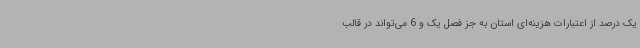
یک درصد از اعتبارات هزینه‌ای استان به جز فصل یک و 6 می‌تواند در قالب